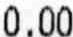
0.00